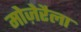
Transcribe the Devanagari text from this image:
मोज़ेरैला